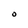
Character: O